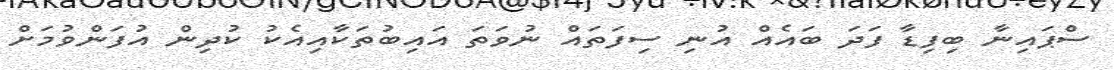
ސްޕައިނާ ބިފިޑާ ފަދަ ބައެއް އުނި ސިފަތައް ނުވަތަ އައިބުތަކާއިއެކު ކުދިން އުފަންވުމަށް